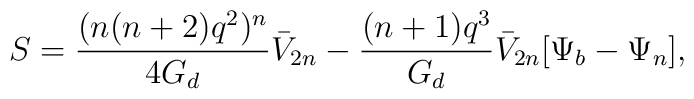
S = \frac{(n(n+2)q^2)^n}{4G_{d}} \bar{V}_{2n} -\frac{(n+1)q^3}{G_{d}} \bar{V}_{2n} [\Psi_{b} - \Psi_{n}],